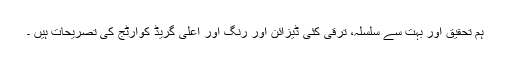
ہم تحقیق اور بہت سے سلسلہ، ترقی کئی ڈیزائن اور رنگ اور اعلیٰ گریڈ کوارٹج کی تصریحات ہیں ۔